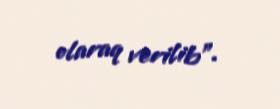
olaraq verilib”.